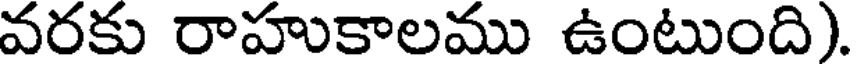
వరకు రాహుకాలము ఉంటుంది).